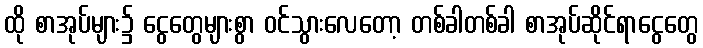
ထို စာအုပ်များ၌ ငွေတွေများစွာ ဝင်သွားလေတော့ တစ်ခါတစ်ခါ စာအုပ်ဆိုင်ရာငွေတွေ